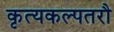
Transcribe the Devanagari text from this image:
कृत्यकल्पतरौ